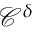
\mathcal { C } ^ { \delta }